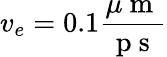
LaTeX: v_{e}=0.1\frac{\mu\mathrm{~m~}}{\mathrm{~p~s~}}